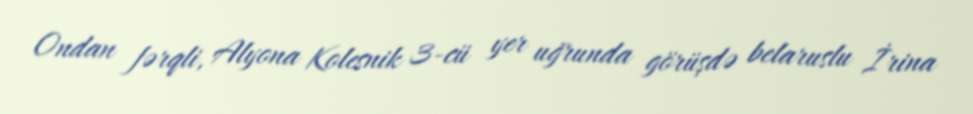
Ondan fərqli, Alyona Kolesnik 3-cü yer uğrunda görüşdə belaruslu İrina